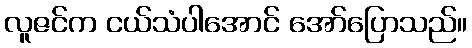
လူဇင်က ငယ်သံပါအောင် အော်ပြောသည်။